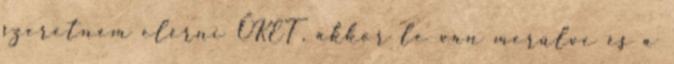
szeretném elérni ŐKET, akkor le van merülve és a